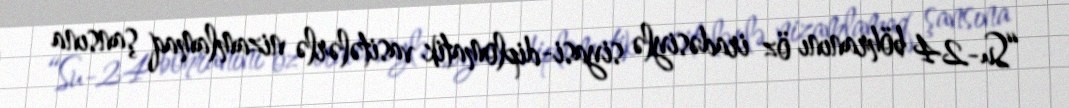
“Su-24 böhranını öz iradəsiylə siyasi-diplomatik vasitələrlə nizamlamaq şansına